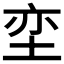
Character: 𮰟